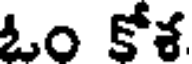
ఓం కోశ